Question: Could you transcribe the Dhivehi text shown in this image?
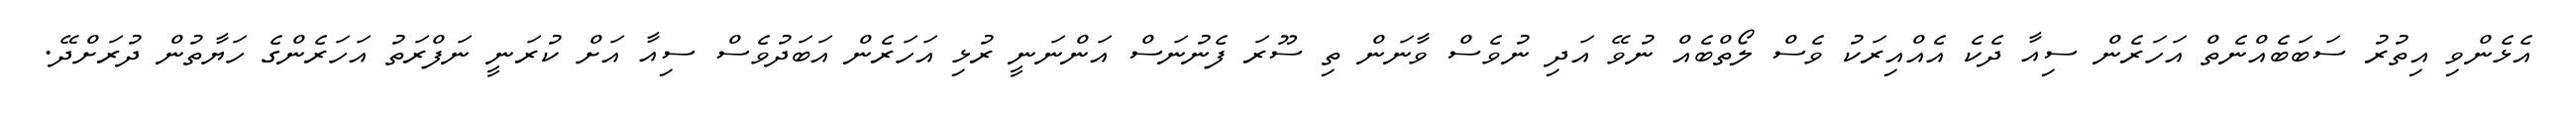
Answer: އެޅެންވި އިތުރު ސަބަބެއްނެތް އަހަރެން ސިއާ ދެކެ އެއްއިރަކު ވެސް ލޯތްބެއް ނުވޭ އަދި ނުވެސް ވާނަން ތި ސޫރަ ފެނުނަސް އަންނަނީ ރުޅި އަހަރެން އަބަދުވެސް ސިއާ އަށް ކުރަނީ ނަފްރަތު އަހަރެންގެ ހަޔާތުން ދުރަށްދޭ.